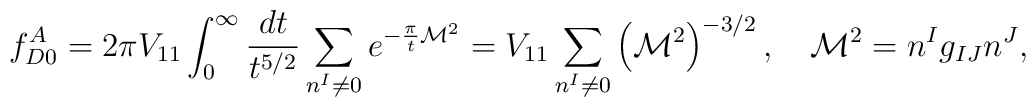
f^A_{D0} = 2\pi V_{11} \int_{0}^{\infty} \frac{dt}{t^{5/2}}\sum_{n^I\ne 0} e^{-\frac{\pi}{t} {\cal M}^2} = V_{11} \sum_{n^I\ne 0} \left({\cal M}^2\right)^{-3/2}, \quad{\cal M}^2 = n^I g_{IJ} n^J,